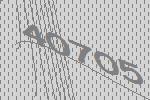
40705